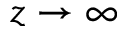
z \rightarrow \infty